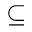
\subseteq